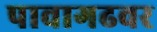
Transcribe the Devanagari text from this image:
पावागढवर